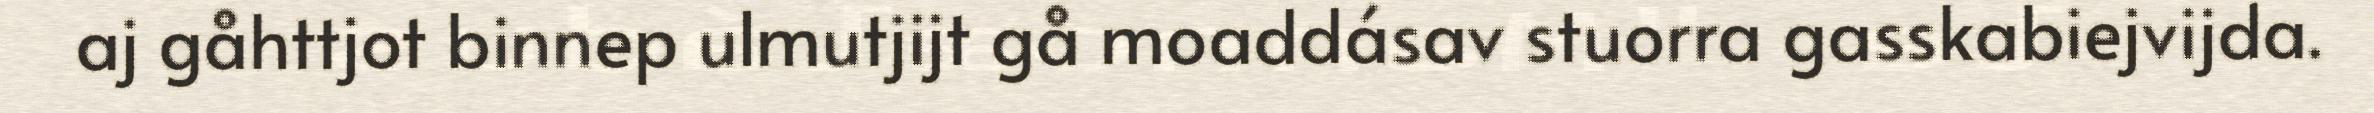
aj gåhttjot binnep ulmutjijt gå moaddásav stuorra gasskabiejvijda.